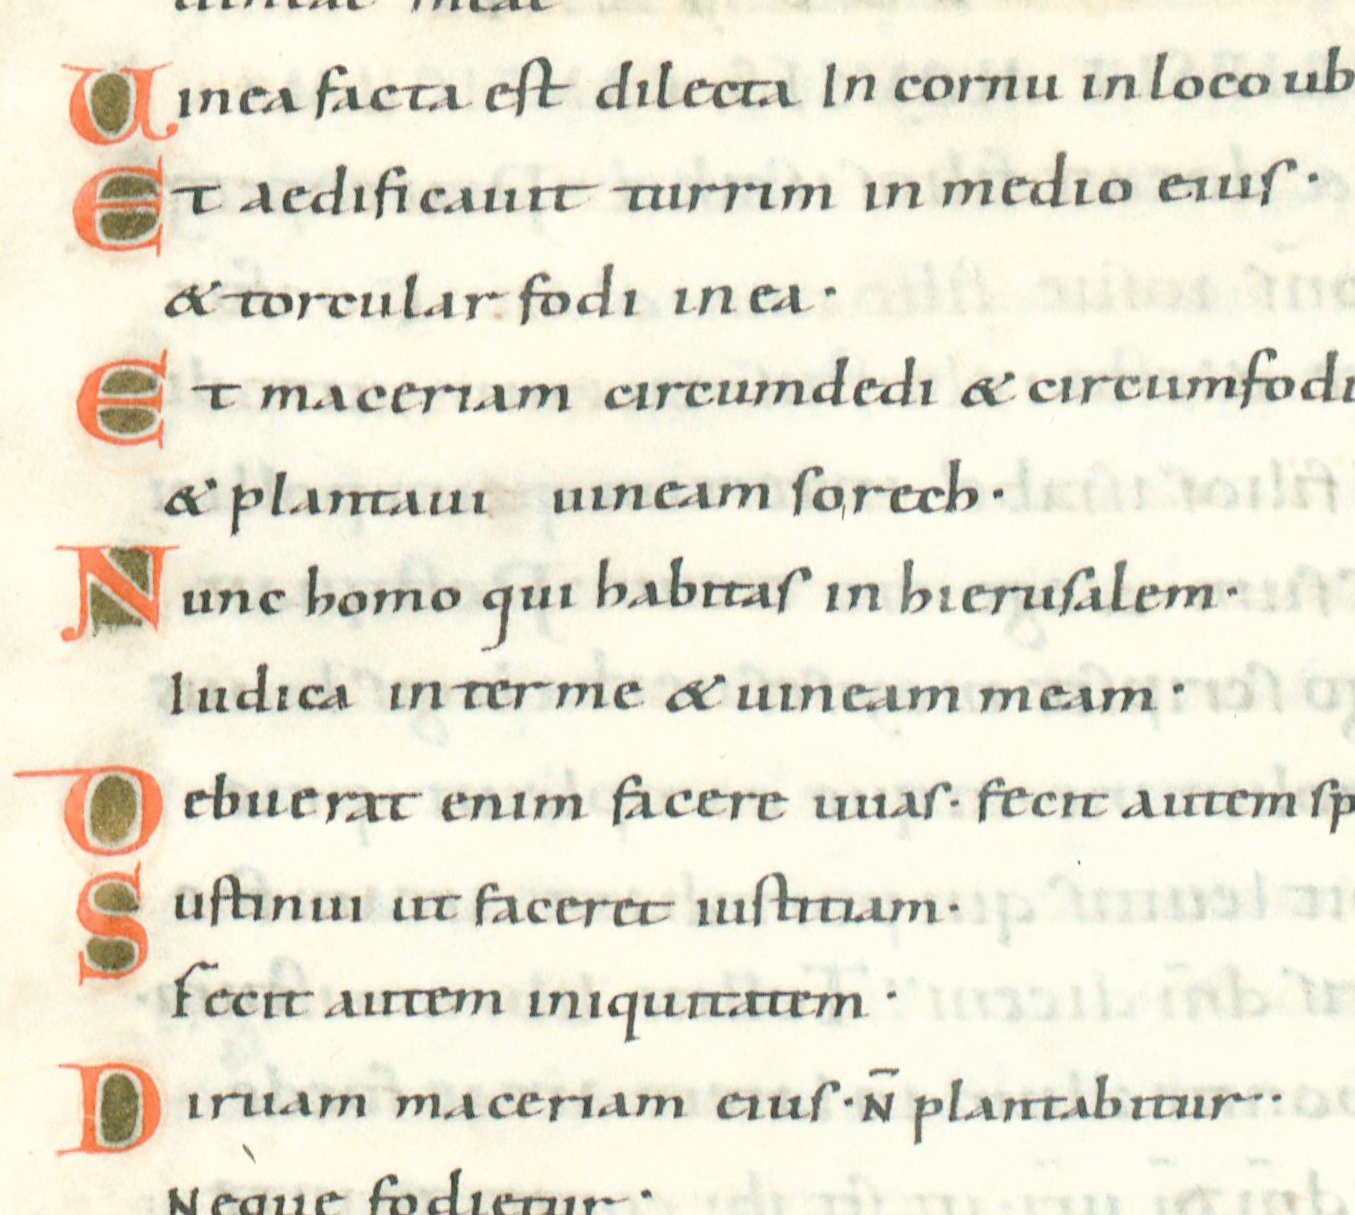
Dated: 1022–1036